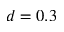
d = 0 . 3